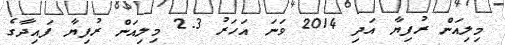
މިލިއަން ރުފިޔާ އަދި 2014 ވަނަ އަހަރު 2.3 މިލިއަން ރުފިޔާ ފައިދާގެ